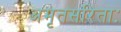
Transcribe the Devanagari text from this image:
अमृतसरिताः